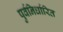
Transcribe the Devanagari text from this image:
पुर्वनिर्धारित